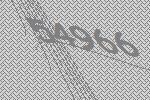
54966